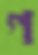
গ